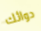
دوائك